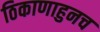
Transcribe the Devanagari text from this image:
ठिकाणाहुनच